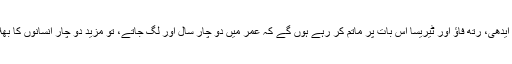
جہنم میں ایدھی، رتھ فاؤ اور ٹیریسا اس بات پر ماتم کر رہے ہوں گے کہ عمر میں دو چار سال اور لگ جاتے، تو مزید دو چار انسانوں کا بھلا ہو جاتا۔